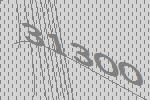
31300